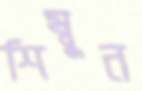
শিম্বুন